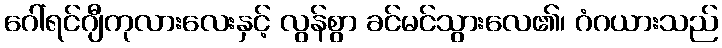
ဂေါ်ရင်ဂျီကုလားလေးနှင့် လွန်စွာ ခင်မင်သွားလေ၏၊ ဂံဂယားသည်